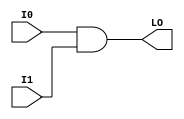
`timescale  1 ps / 1 ps


module MULT_AND (LO, I0, I1);

    output LO;

    input  I0, I1;

    and A1 (LO, I0, I1);

    specify
	(I0 *> LO) = (0, 0);
	(I1 *> LO) = (0, 0);
    endspecify

endmodule